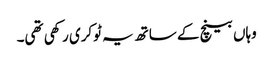
وہاں بینچ کے ساتھ یہ ٹوکری رکھی تھی۔